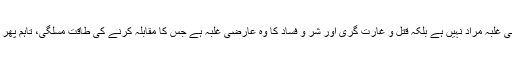
یہ سب باتیں غلط ہیں، کیونکہ یاجوج و ماجوج کے غلبے سے سیاسی غلبہ مراد نہیں ہے بلکہ قتل و غارت گری اور شر و فساد کا وہ عارضی غلبہ ہے جس کا مقابلہ کرنے کی طاقت مسلگی، تاہم پھر وبائی مرض سے سب کے سب آن واحد میں لقمہ اجل بن جائیں گے